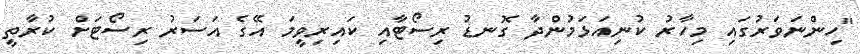
"ހިންނަވަރުގައި މިހާރު ކުނިއަޅަމުންދާ ގޮނޑު ރިސޯޓާއި ކައިރިވީމަ އޭގެ އަސަރު ރިސޯޓަށް ކުރާތީ